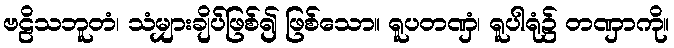
ဗဠိသဘူတံ၊ သံမျှားချိပ်ဖြစ်၍ ဖြစ်သော။ ရူပတဏှံ၊ ရူပါရုံ၌ တဏှာကို။